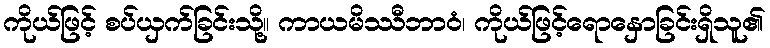
ကိုယ်ဖြင့် စပ်ယှက်ခြင်းသို့။ ကာယမိဿီဘာဝံ၊ ကိုယ်ဖြင့်ရောနှောခြင်းရှိသူ၏